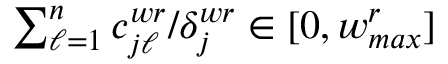
{ \textstyle \sum _ { \ell = 1 } ^ { n } c _ { j \ell } ^ { w r } } / { \delta _ { j } ^ { w r } } \in [ 0 , w _ { m a x } ^ { r } ]